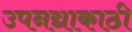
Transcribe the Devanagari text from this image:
उपनद्याकाठी